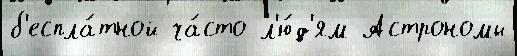
б'еспла́тной ча́сто л'ю́д'ям Астрономы